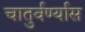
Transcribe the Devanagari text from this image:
चातुर्वर्ण्यास